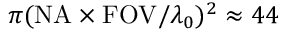
\pi ( \mathrm { N A } \times \mathrm { F O V } / \lambda _ { 0 } ) ^ { 2 } \approx 4 4